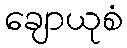
ချောယုစံ